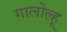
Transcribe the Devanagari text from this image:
गालोल्हू